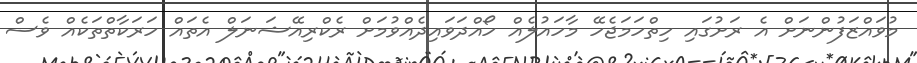
މުވައްޒަފުންނަށް އެ ރަށުގައި ހިތްހަމަޖެހޭ މާހައުލެއް ހޯއްދަވައިދެއްވުމަށް ރެކްރިއޭޝަނަލް އެތައް ހަރަކާތްތަކެއް ވެސް